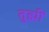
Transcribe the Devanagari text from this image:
तुह्मीं